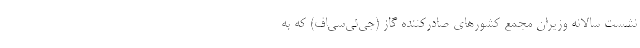
نشست سالانه وزیران مجمع کشورهای صادرکننده گاز (جی‌ئی‌سی‌اف) که به